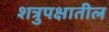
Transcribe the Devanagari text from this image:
शत्रुपक्षातील